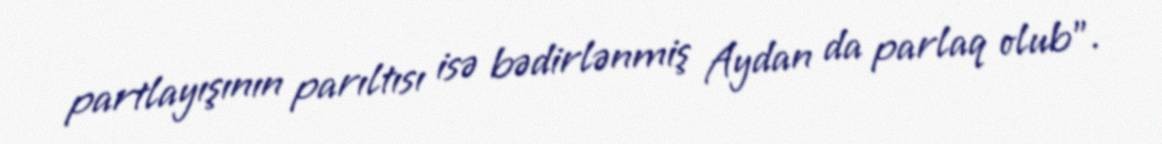
partlayışının parıltısı isə bədirlənmiş Aydan da parlaq olub”.